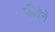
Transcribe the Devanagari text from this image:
फीडेने